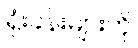
ရုံးခန်းများကို